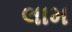
લામ